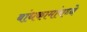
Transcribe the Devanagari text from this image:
बांधकामांमध्ये